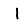
Digit: 1